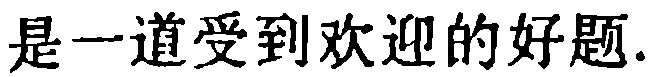
是一道受到欢迎的好题.